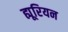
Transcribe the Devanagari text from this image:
ह्यूरियन